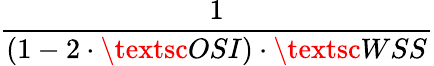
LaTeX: \displaystyle\frac{1}{(1-2\cdot\textsc{OSI})\cdot\textsc{WSS}}